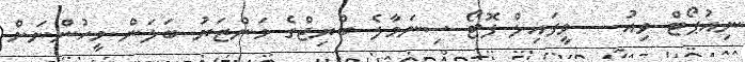
ނިއުޕޯޓް ވިއު -- ވީފައިލް ފޮޓޯ ސިނަމާލެ ބްރިޖްގެ މަންޒަރު ބަލަން މީހުންނަށް